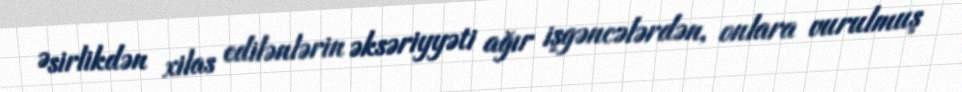
Əsirlikdən xilas edilənlərin əksəriyyəti ağır işgəncələrdən, onlara vurulmuş